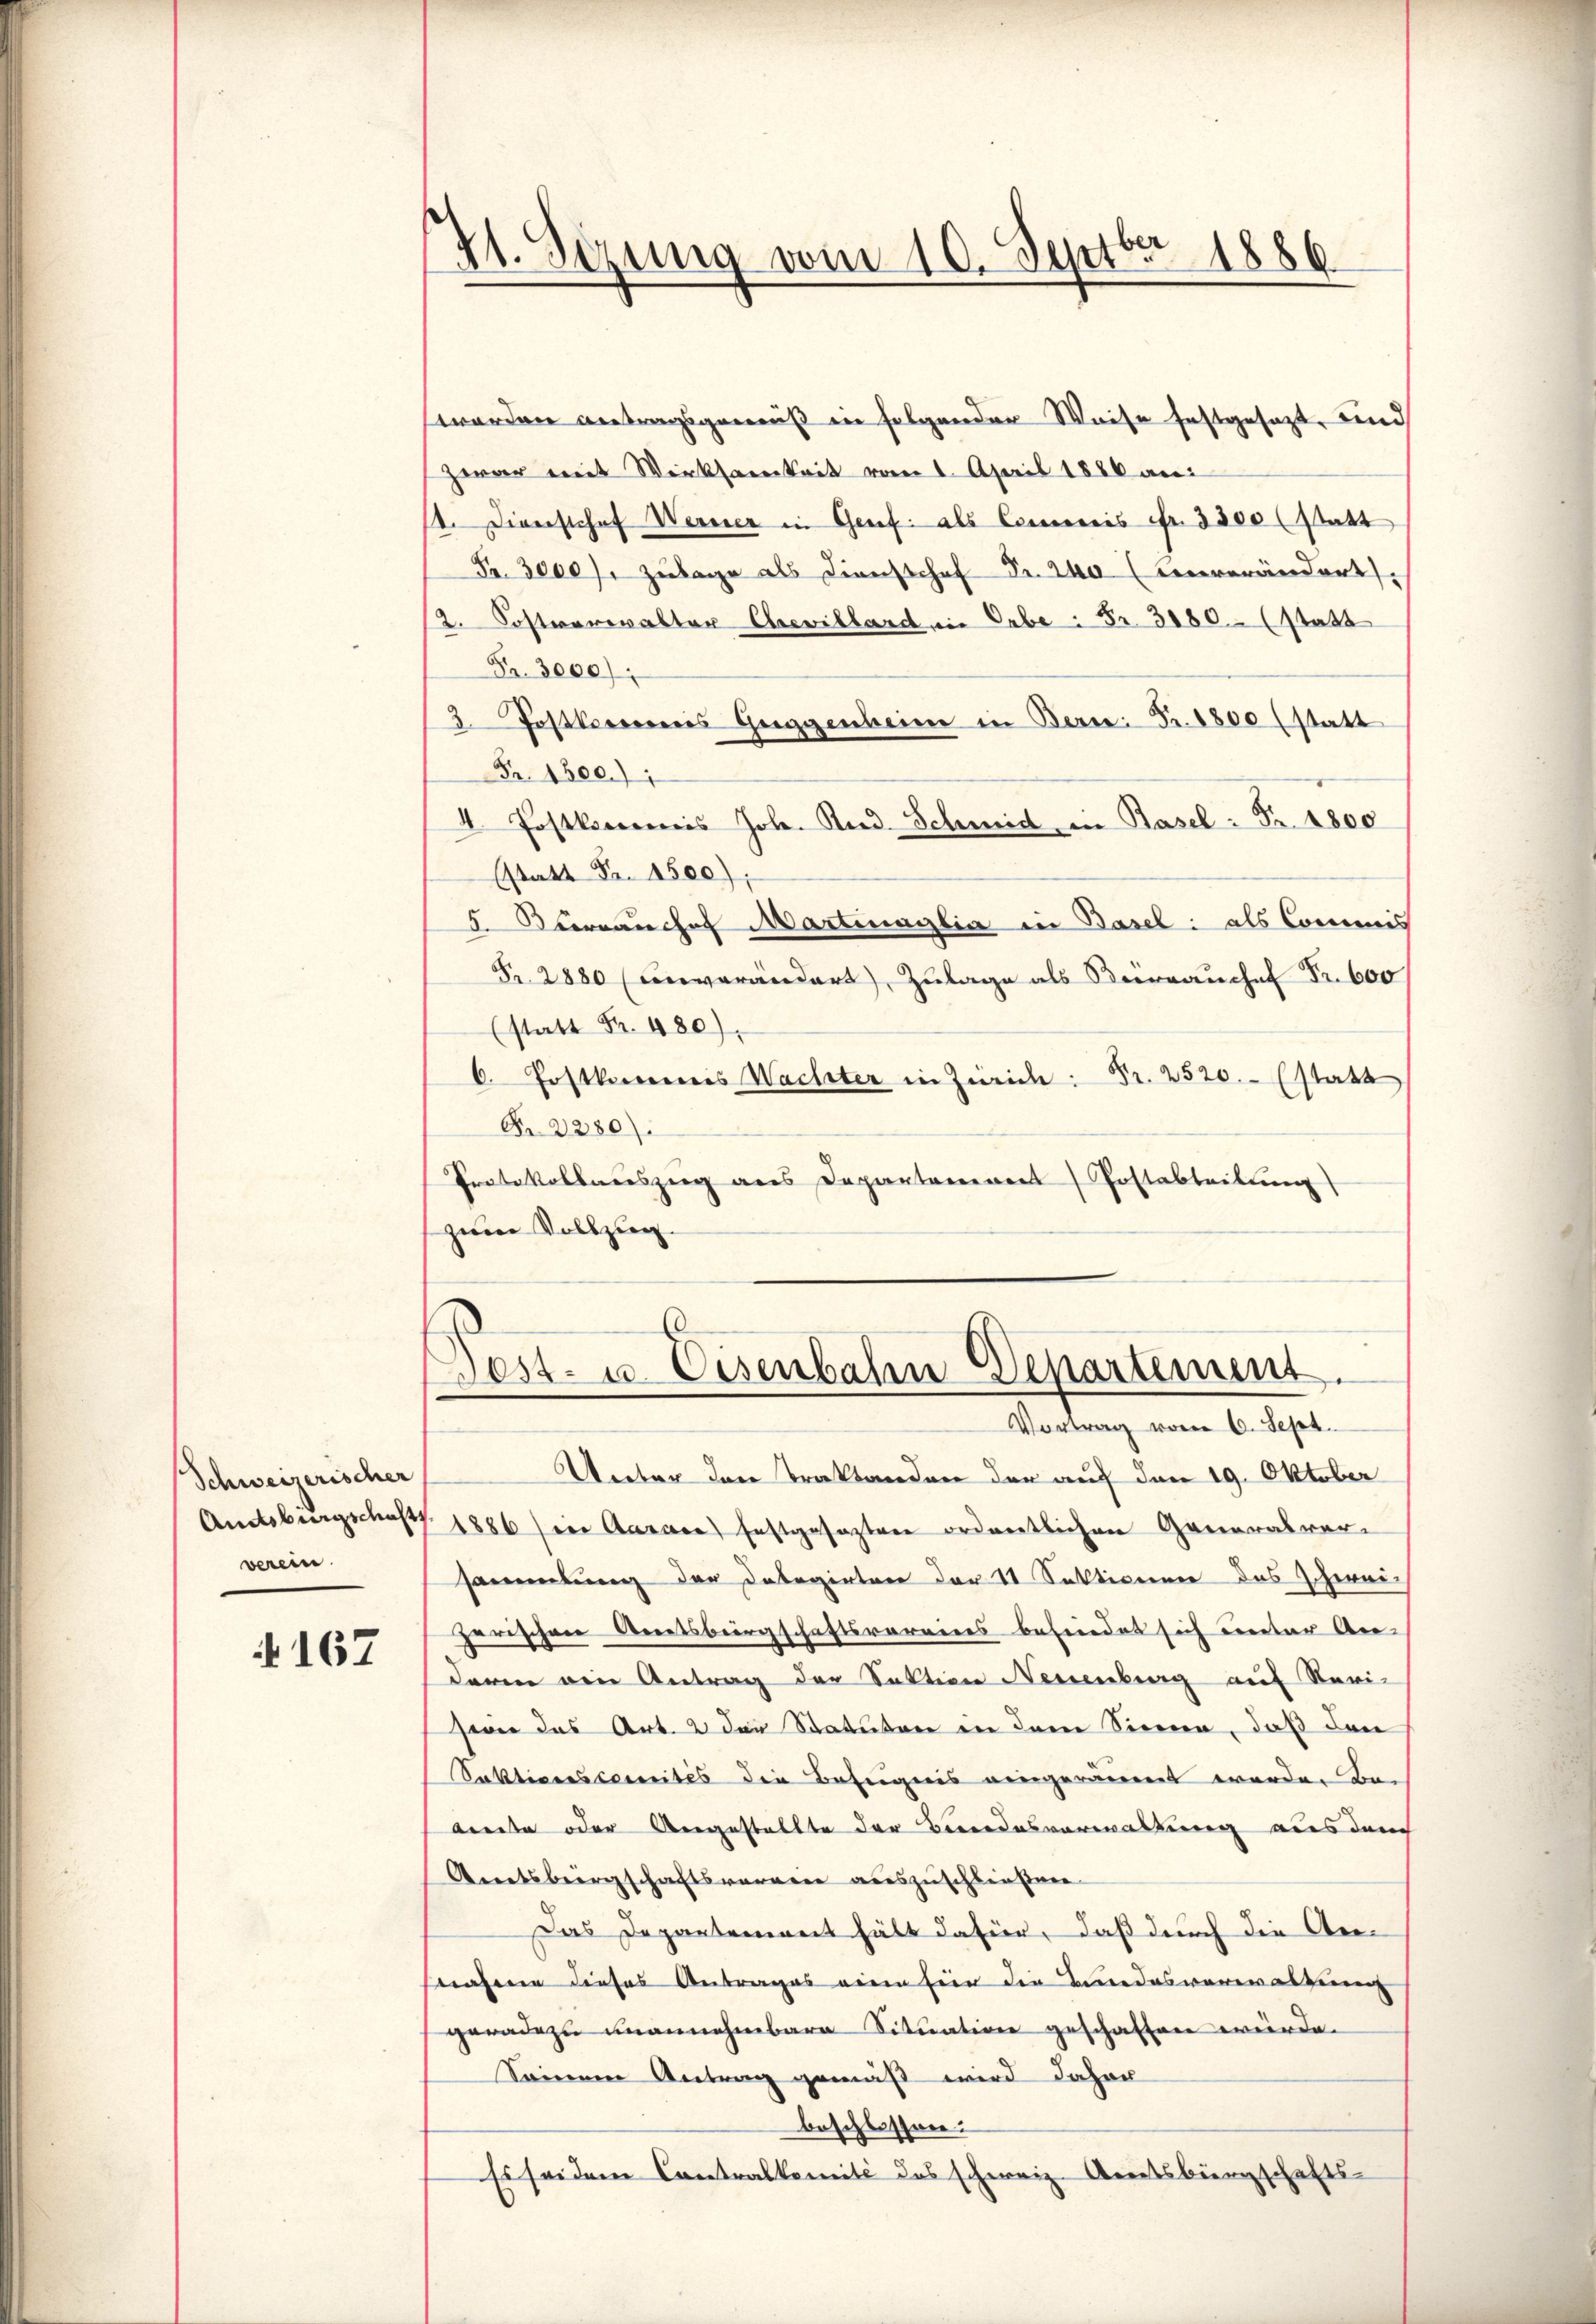
Schweizerischer
verein.

167

21. Sezung vom 10. Septbr 1886.

Unter den Traktanden der auf den 19. Oktober
Amdsburgschafts 1886 in Aarace festgesezten ordentlichen Generalver-
sammlung der Delegirten der 11 Sektionen das schwei-
zerischen Amtsbürgschaftsvereins befindet sich unter An- |
deren von Antrag der Sektion Neuenburg auf Revi-
sowie das Art. 2 den Statuten in dem Sinne, daß den
Saktionescomites die Beseignis eingeräumet werden de
brente oder Angestellte der Bundesverwaltung aus den
Amtsbergschaftsverreie auszuschließen.
Das Departement hält dafür, daß durch die Ansahen dieses Antrages eine für die Bundesverwaltung
geradezu unannehmbare Situation geschaften würde.
Seinen Antrag gemäß wird daher
beschlossen:
Es sei dem Contralkomité des schweiz. Arnetsbürgschafts-

worden Antragsgemäß in folgender Weise festgesezt, und
zwar mit Wirksamkeit vom 1. April 1886 an:
st. Diensthof Werner in Genf als Commis Fr. 3300 (statt
Fr. 3000/. Zulage als Diensthof Fr. 240 (enverändert
12. Sostverwalter Chevillard in Cabe: Fr. 3180 (statt
Fr. 3000)
2. Postkommenes Guggenheime in Bern: Fr. 1800 (statt
Fr. 1500.)
4. Postkommis Joh. Rud. Schmid in Basel: Fr. 4800
Estatt Fr. 1500);
5. Korrauche Martinaglia in Basel: als Commis
Fr. 2880 (unverändert, Zulage als Berrauchel Fr. 600
(statt Fr. 480).
6. Postkommis Wachter in Zürich: Fr. 2520.- (statt
Fr. 2280).
Protokollauszug aus Departaneren Postabteilung
zwere Vollzug

Dest- u. Eisenbahn Departement.
Vortrag vom 6. Sept.